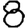
Digit: 8